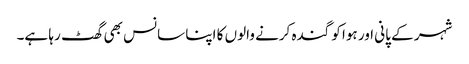
شہر کے پانی اور ہوا کو گندہ کرنے والوں کا اپنا سانس بھی گھٹ رہا ہے۔